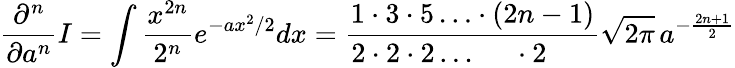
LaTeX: {\frac{\partial^{n}}{\partial a^{n}}}I=\int{\frac{x^{2n}}{2^{n}}}e^{-ax^{2}/2}dx={\frac{1\cdot 3\cdot 5\ldots\cdot(2n-1)}{2\cdot 2\cdot 2\ldots\; \; \; \; \; \cdot 2\; \; \; \; \; \; }}{\sqrt{2\pi}}\, a^{-{\frac{2n+1}{2}}}